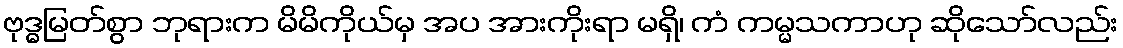
ဗုဒ္ဓမြတ်စွာ ဘုရားက မိမိကိုယ်မှ အပ အားကိုးရာ မရှိ၊ ကံ ကမ္မသကာဟု ဆိုသော်လည်း